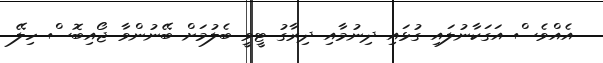
އެއްވެސް އަގަކާނުލައި ގުޅައި ދިނުމާއި ދިރާގު ޓީވީ ބެލުމަށް ބޭނުންވާ ޖޯއިބޮސް ހިލޭ